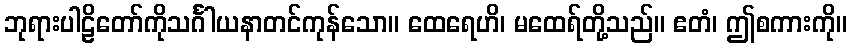
ဘုရားပါဠိတော်ကိုသင်္ဂါယနာတင်ကုန်သော။ ထေရေဟိ၊ မထေရ်တို့သည်။ ဧတံ၊ ဤစကားကို။